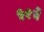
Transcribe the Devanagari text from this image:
५१वें